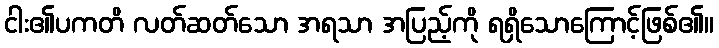
ငါး၏ပကတိ လတ်ဆတ်သော အရသာ အပြည့်ကို ရရှိသောကြောင့်ဖြစ်၏။